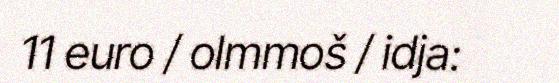
11 euro / olmmoš / idja: